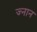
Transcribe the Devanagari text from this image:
ज्नान